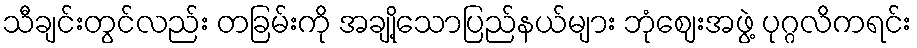
သီချင်းတွင်လည်း တခြမ်းကို အချို့သောပြည်နယ်များ ဘုံဈေးအဖွဲ့ ပုဂ္ဂလိကရင်း